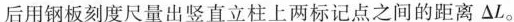
后用钢板刻度尺量出竖直立柱上两标记点之间的距离\triangleL。